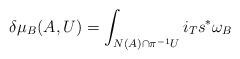
LaTeX: \begin{align*} \delta \mu_B(A,U)=\int_{N(A)\cap \pi^{-1}U}i_Ts^*\omega_B \end{align*}